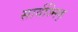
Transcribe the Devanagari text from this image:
सार्वज्निक्